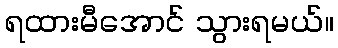
ရထားမီအောင် သွားရမယ်။